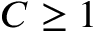
C \geq 1